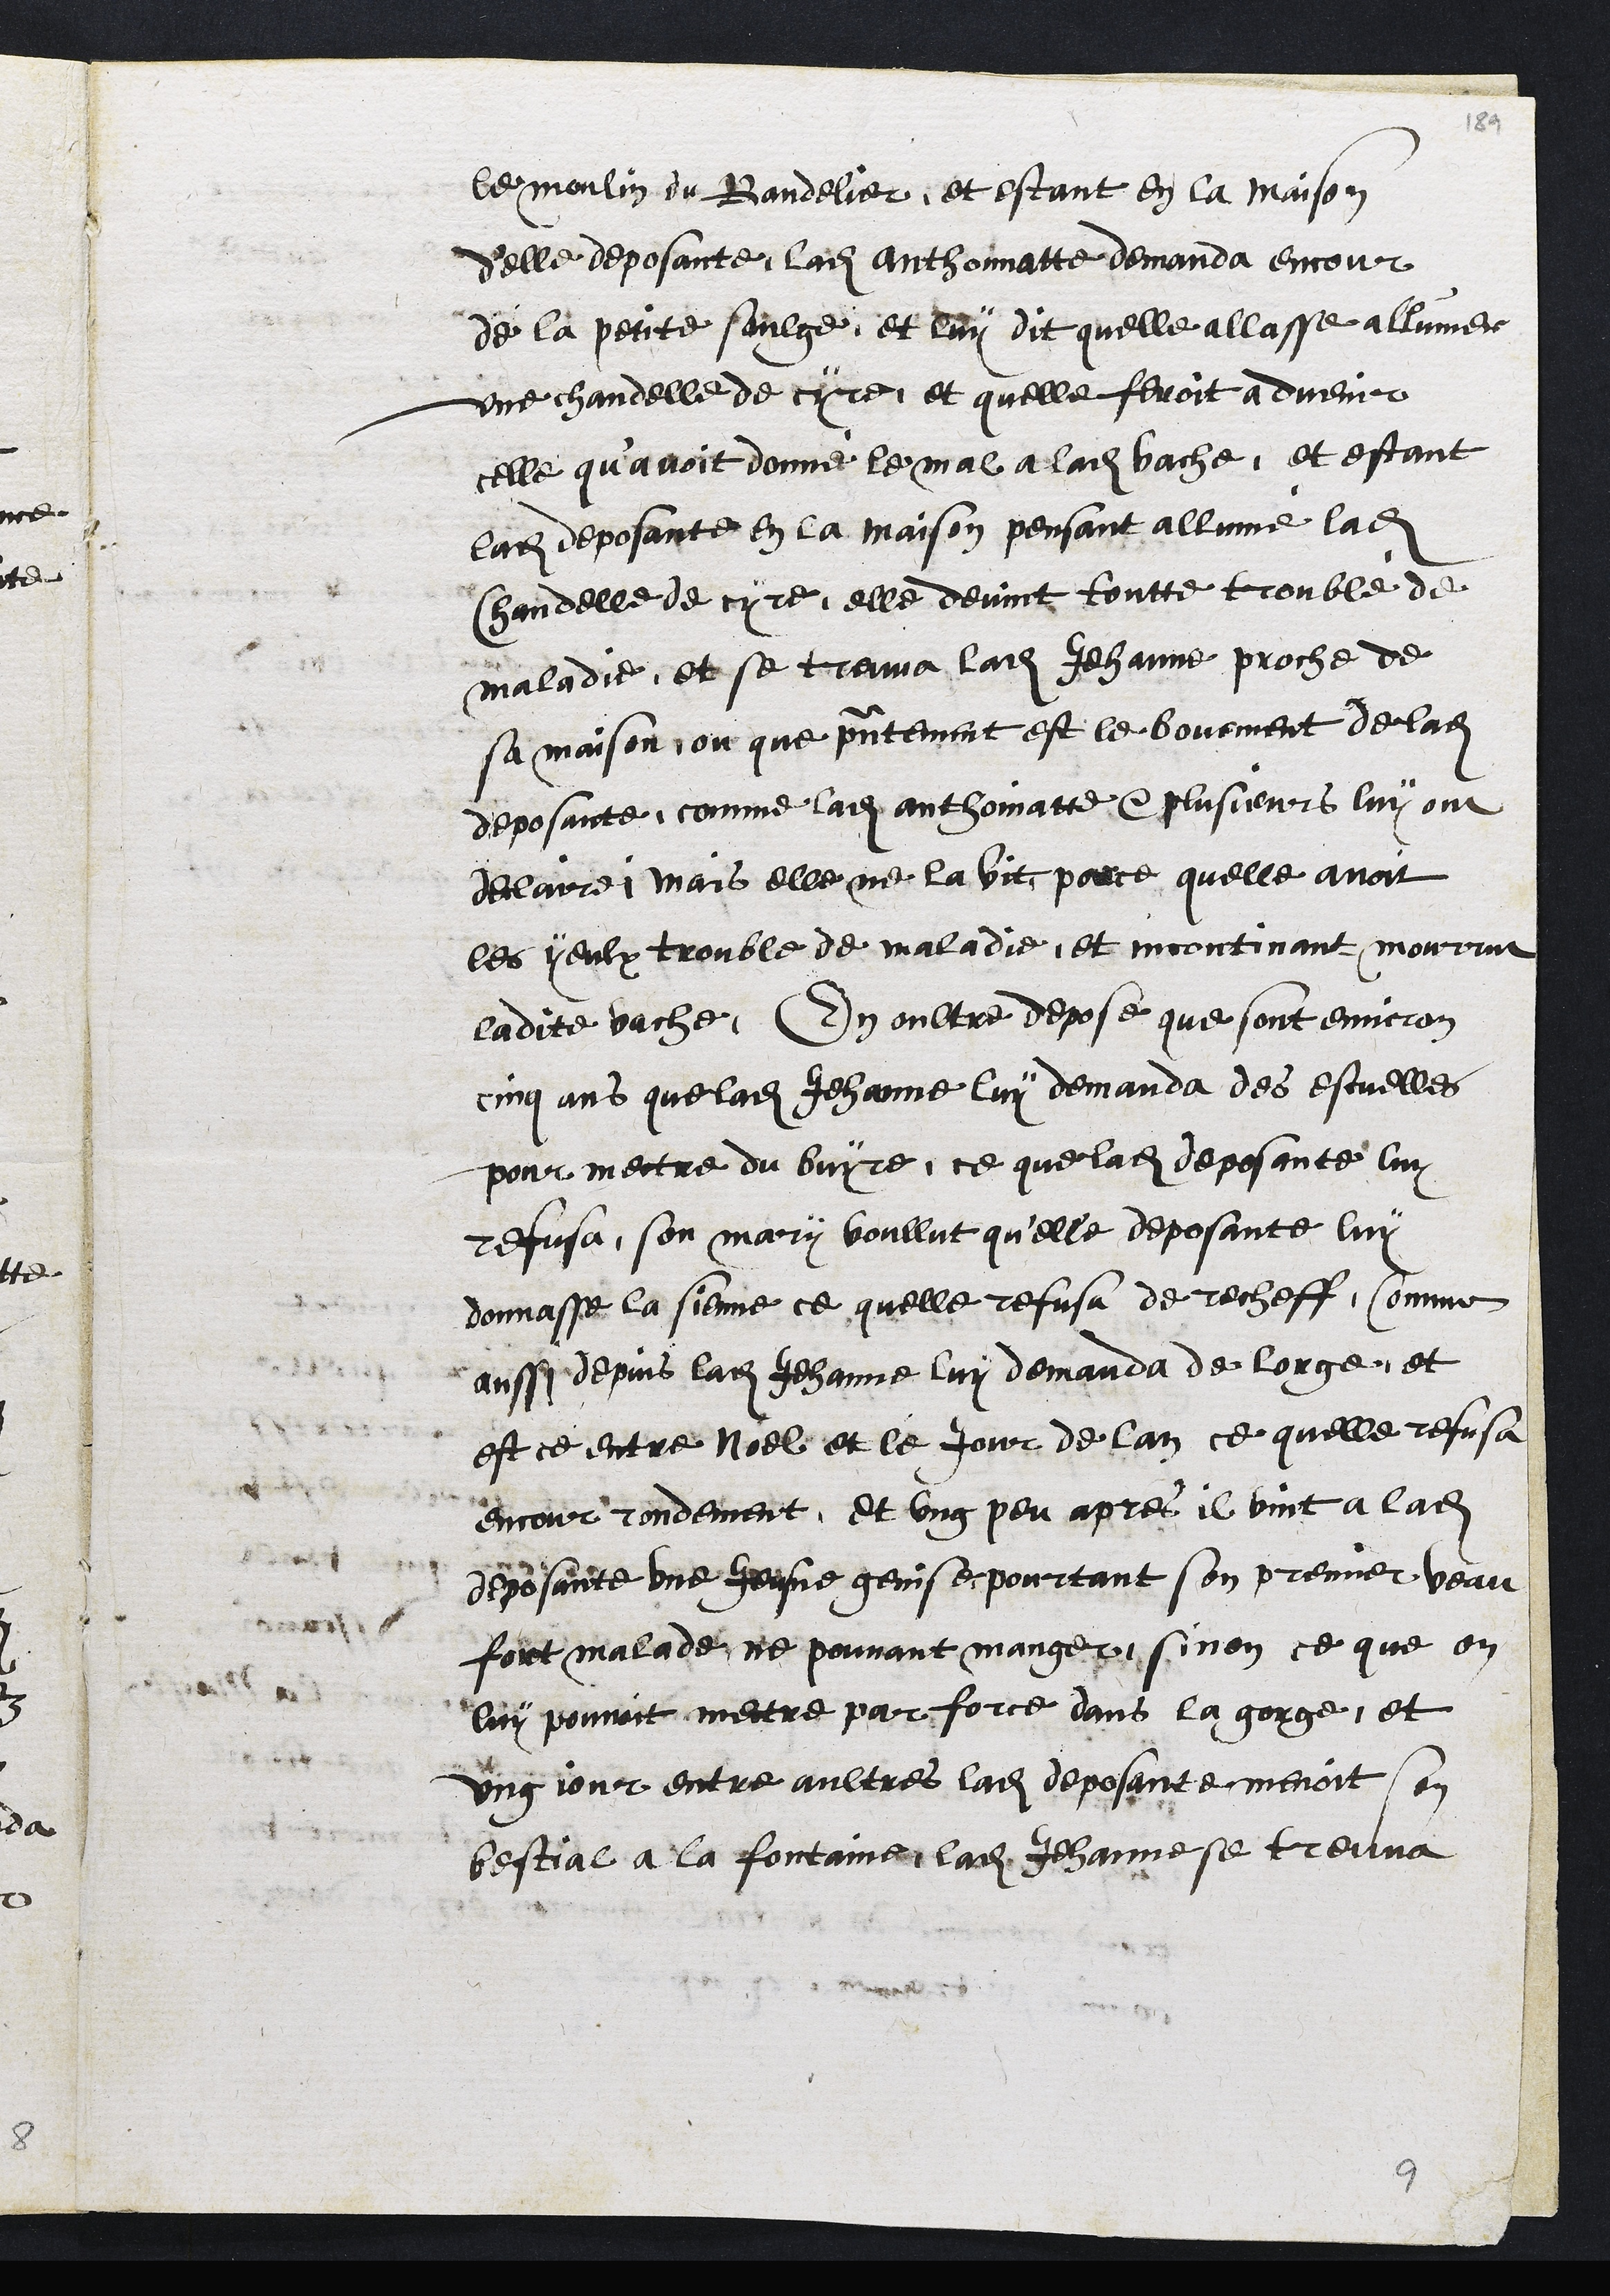
le moulin de Bandelier et estant en la maison
delle deposante, ladite Anthonnatte demanda encour
de la petite saulge, et luy dit quelle allasse allumer
une chandelle de cyre et quelle feroit advenir
celle qu'avoit donné le mal a ladite vache, et estant
ladite deposante en la maison pensant allumé ladite
Chandelle de cyre, elle devint toutte troublé de
maladie et se treuva ladite Jehanne proche de
sa maison, ou que presentement est le bouement de ladite
deposante, comme ladite anthoinatte et plusieurs luy ont
declairei mais elle ne la vit parce quelle avoit
les yeulx trouble de maladie, et incontinant mourrut
ladite vache, En oultre depose que sont environ
cinq ans que ladite Jehanne luy demanda des escuelles
pour mettre du buyre, ce que ladite deposante luy
refusa, son mary voullut quelle deposante luy
donnasse la sienne ce quelle refusa derecheff, comme
ainssi depuis ladite Jehanne luy demanda de lorge, et
est ce entre Noel et le jour de lan ce quelle refusa
encour rondement, et ung peu apres il vint a ladite
deposante une jeusne genise pourtant son premier veau
fort malade ne pouvant manger, sinon ce que on
luy pouvoit mettre par force dans la gorge, et
ung jour entre aultres ladite deposante menoit son
bestial a la fontaine, ladite Jehanne se treuva

9